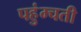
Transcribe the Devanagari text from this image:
पहुंम्चती